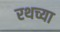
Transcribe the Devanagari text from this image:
रथच्या